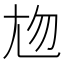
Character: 𡯖